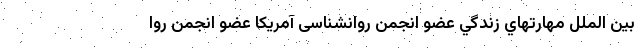
بين الملل مهارتهاي زندگي عضو انجمن روانشناسی آمریکا عضو انجمن روا